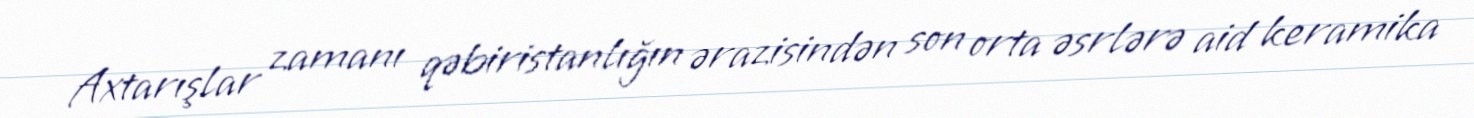
Axtarışlar zamanı qəbiristanlığın ərazisindən son orta əsrlərə aid keramika